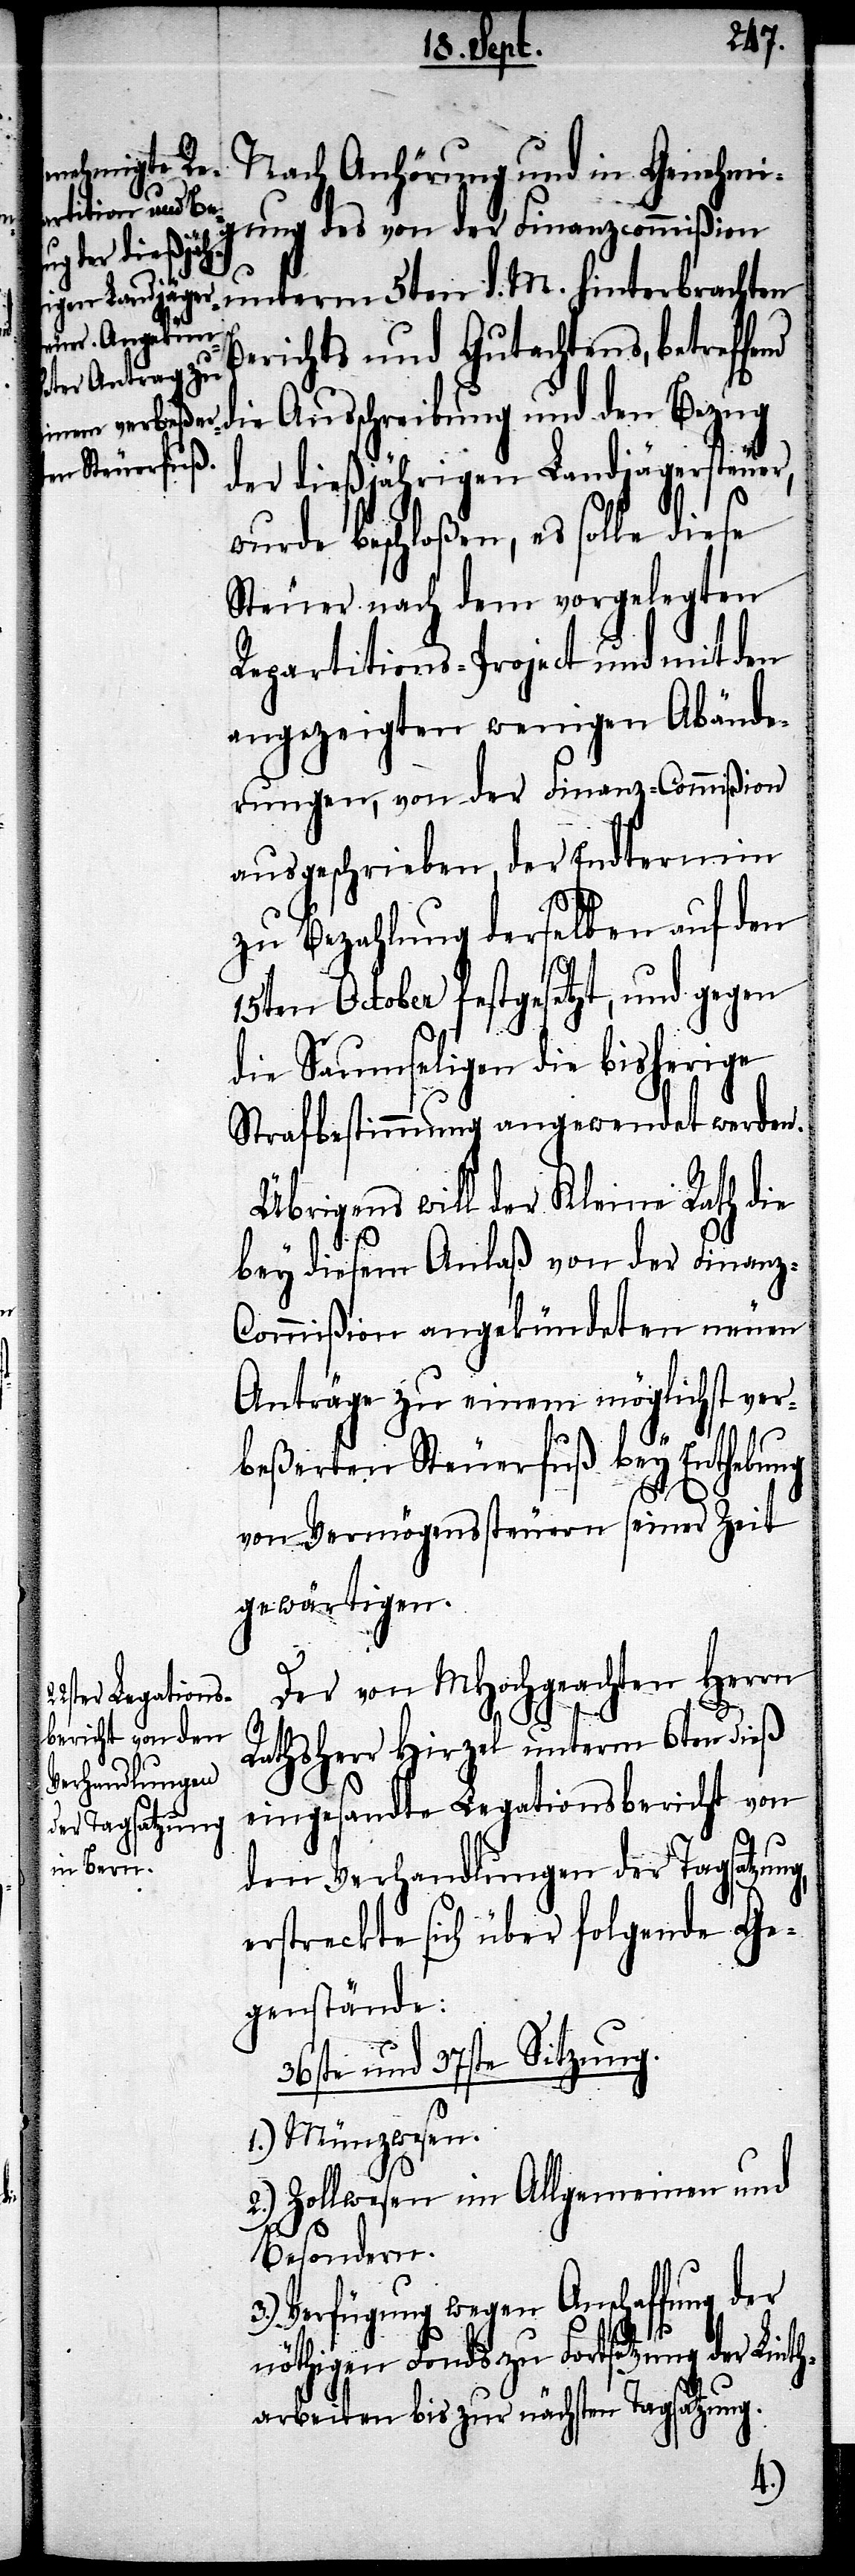
ung des von der Finanzcommißion
unterm 5ten d. M. hinterbrachten
in Genehmig¬
Nach Anhörung
Berichts und Gutachtens, betreffe¬
nd die Ausschreibung und den Bezug
der dießjährigen Landjägersteuer,
wurde beschloßen, es solle diese
Steuer nach dem vorgelegten
Reparations-Project und mit den
angezeigten wenigen Abände¬
rungen, von der Finanz-Commißion
ausgeschrieben, der Endtermin
zu Bezahlung derselben auf den
15ten October festgesetzt, und gegen
die Saumseligen die bisherige
Strafbestimmung angewendet werden.
Übrigens will der Kleine Rath die
bey diesem Anlaß von der Finan¬
z-Commißion angekündeten neuen
Anträge zu einem möglichst ver¬
beßerten Steuerfuß bey Enthebung
von Vermögenssteuern seiner Zeit
gewärtigen.
Der von MHochgeachten Herrn
Rathsherr Hirzel unterm 6ten dieß
eingesandte Legationsbericht von
den Verhandlungen der Tagsatzung,
erstreckte sich über folgende Ge¬
genstände:
36ste und 37ste Sitzung.
1.) Münzwesen.
2.) Zollwesen im Allgemeinen und
Besondern.
3.) Verfügung wegen Anschaffung der
nöthigen Fonds zu Fortsetzung der Lint¬
harbeiten bis zur nächsten Sitzung.